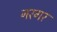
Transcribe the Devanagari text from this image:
नरगर